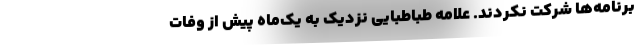
برنامه‌ها شرکت نکردند. علامه طباطبایی نزدیک به یک‌ماه پیش از وفات